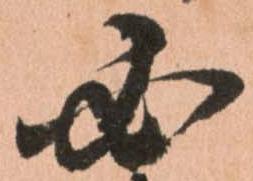
必